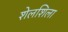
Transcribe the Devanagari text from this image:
शेलशिला